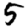
Digit: 5